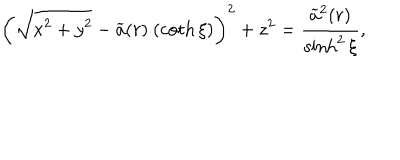
\left( \sqrt { x ^ { 2 } + y ^ { 2 } } - \widetilde { a } ( r ) \ ( \coth \xi ) \right) ^ { 2 } + z ^ { 2 } = \frac { \widetilde { a } ^ { 2 } ( r ) } { \sinh ^ { 2 } \xi } ,